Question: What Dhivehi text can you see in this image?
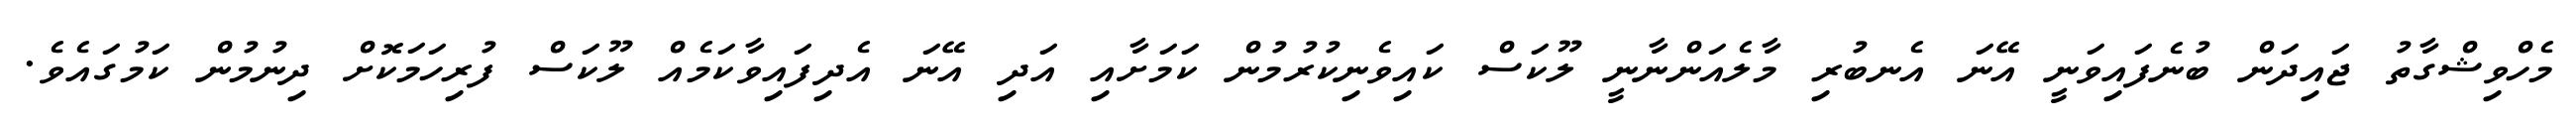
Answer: މެހްވިޝްގާތު ޖައިދަން ބުނެފައިވަނީ އޭނަ އެނބުރި މާލެއަންނާނީ ލޫކަސް ކައިވެނިކުރުމުން ކަމަށާއި އަދި އޭނަ އެދިފައިވާކަމެއް ލޫކަސް ފުރިހަމަކޮށް ދިނުމުން ކަމުގައެވެ.